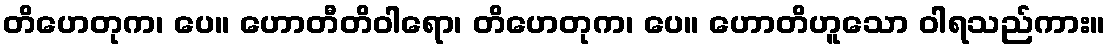
တိဟေတုက၊ ပေ။ ဟောတီတိဝါရော၊ တိဟေတုက၊ ပေ။ ဟောတိဟူသော ဝါရသည်ကား။